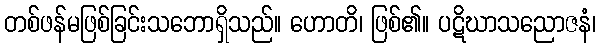
တစ်ဖန်မဖြစ်ခြင်းသဘောရှိသည်။ ဟောတိ၊ ဖြစ်၏။ ပဋိဃာသညောဇနံ၊